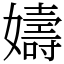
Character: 嬦